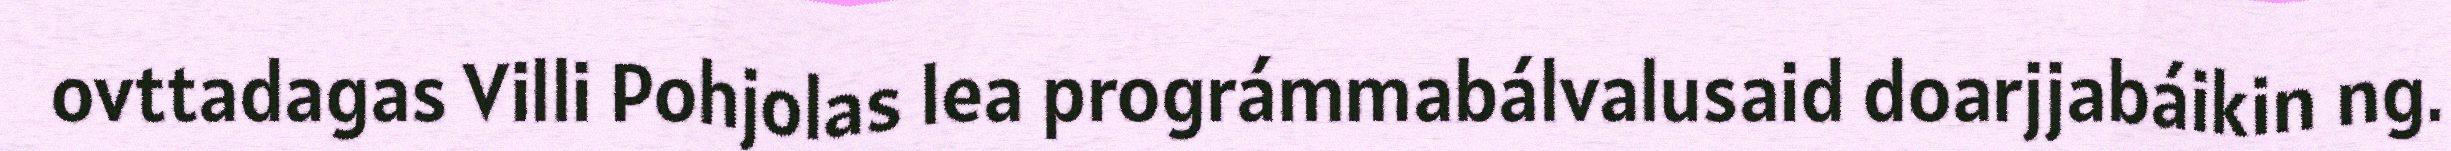
ovttadagas Villi Pohjolas lea prográmmabálvalusaid doarjjabáikin ng.